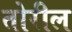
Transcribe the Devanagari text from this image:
तोरील